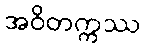
အဝိတက္ကဿ